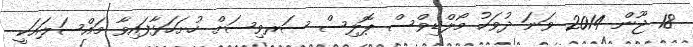
18 ޖޫން 2014 ވަނަ ދުވަހު މޯލްޑިވްސް ޕޮލިސް ސަރވިސަށް ހުށަހަޅާފައިވާ މައްސަލައަކީ